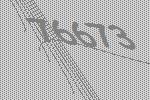
76673